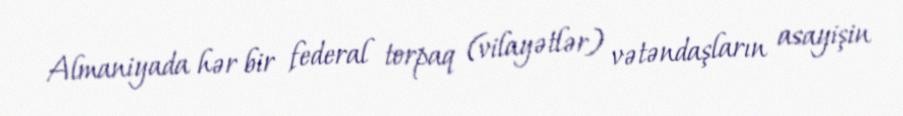
Almaniyada hər bir federal torpaq (vilayətlər) vətəndaşların asayişin